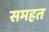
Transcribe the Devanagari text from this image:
समहत